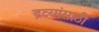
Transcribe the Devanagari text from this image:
द्रव्यांसाठी